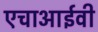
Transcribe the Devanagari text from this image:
एचाआईवी